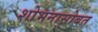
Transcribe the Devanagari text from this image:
शोभनासोबत